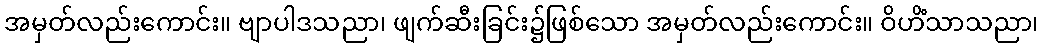
အမှတ်လည်းကောင်း။ ဗျာပါဒသညာ၊ ဖျက်ဆီးခြင်း၌ဖြစ်သော အမှတ်လည်းကောင်း။ ဝိဟိံသာသညာ၊